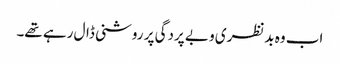
اب وہ بدنظری و بے پردگی پر روشنی ڈال رہے تھے۔